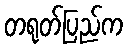
တရုတ်ပြည်က